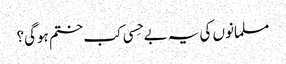
مسلمانوں کی یہ بے حِسی کب ختم ہوگی؟